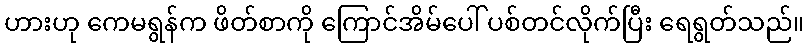
ဟားဟု ကေမရွန်က ဖိတ်စာကို ကြောင်အိမ်ပေါ် ပစ်တင်လိုက်ပြီး ရေရွတ်သည်။